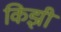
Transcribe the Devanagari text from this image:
किझी